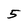
Character: 5